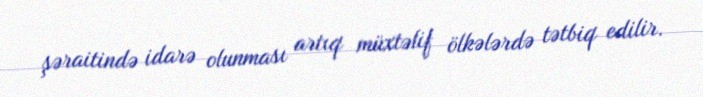
şəraitində idarə olunması artıq müxtəlif ölkələrdə tətbiq edilir.